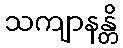
သကျာနန္တိ